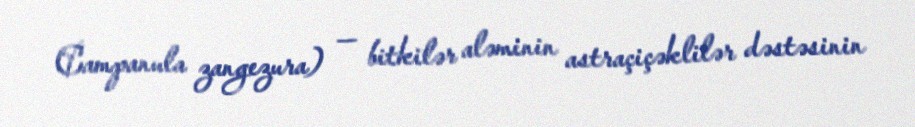
Campanula zangezura) — bitkilər aləminin astraçiçəklilər dəstəsinin